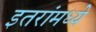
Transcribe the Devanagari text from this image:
इतरांमध्ये